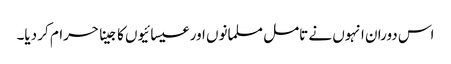
اس دوران انہوں نے تامل مسلمانوں اور عیسائیوں کا جینا حرام کر دیا۔